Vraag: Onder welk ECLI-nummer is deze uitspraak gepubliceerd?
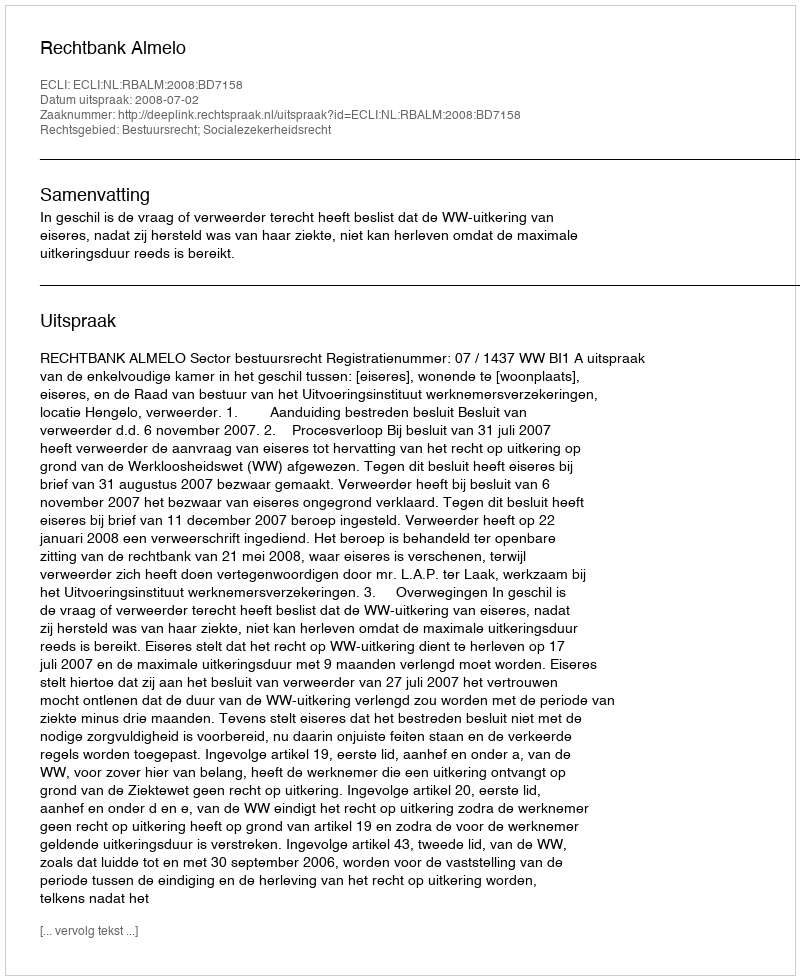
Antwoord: ECLI:NL:RBALM:2008:BD7158